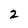
Character: z